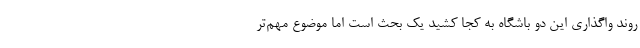
روند واگذاری این دو باشگاه به کجا کشید یک بحث است اما موضوع مهم‌تر